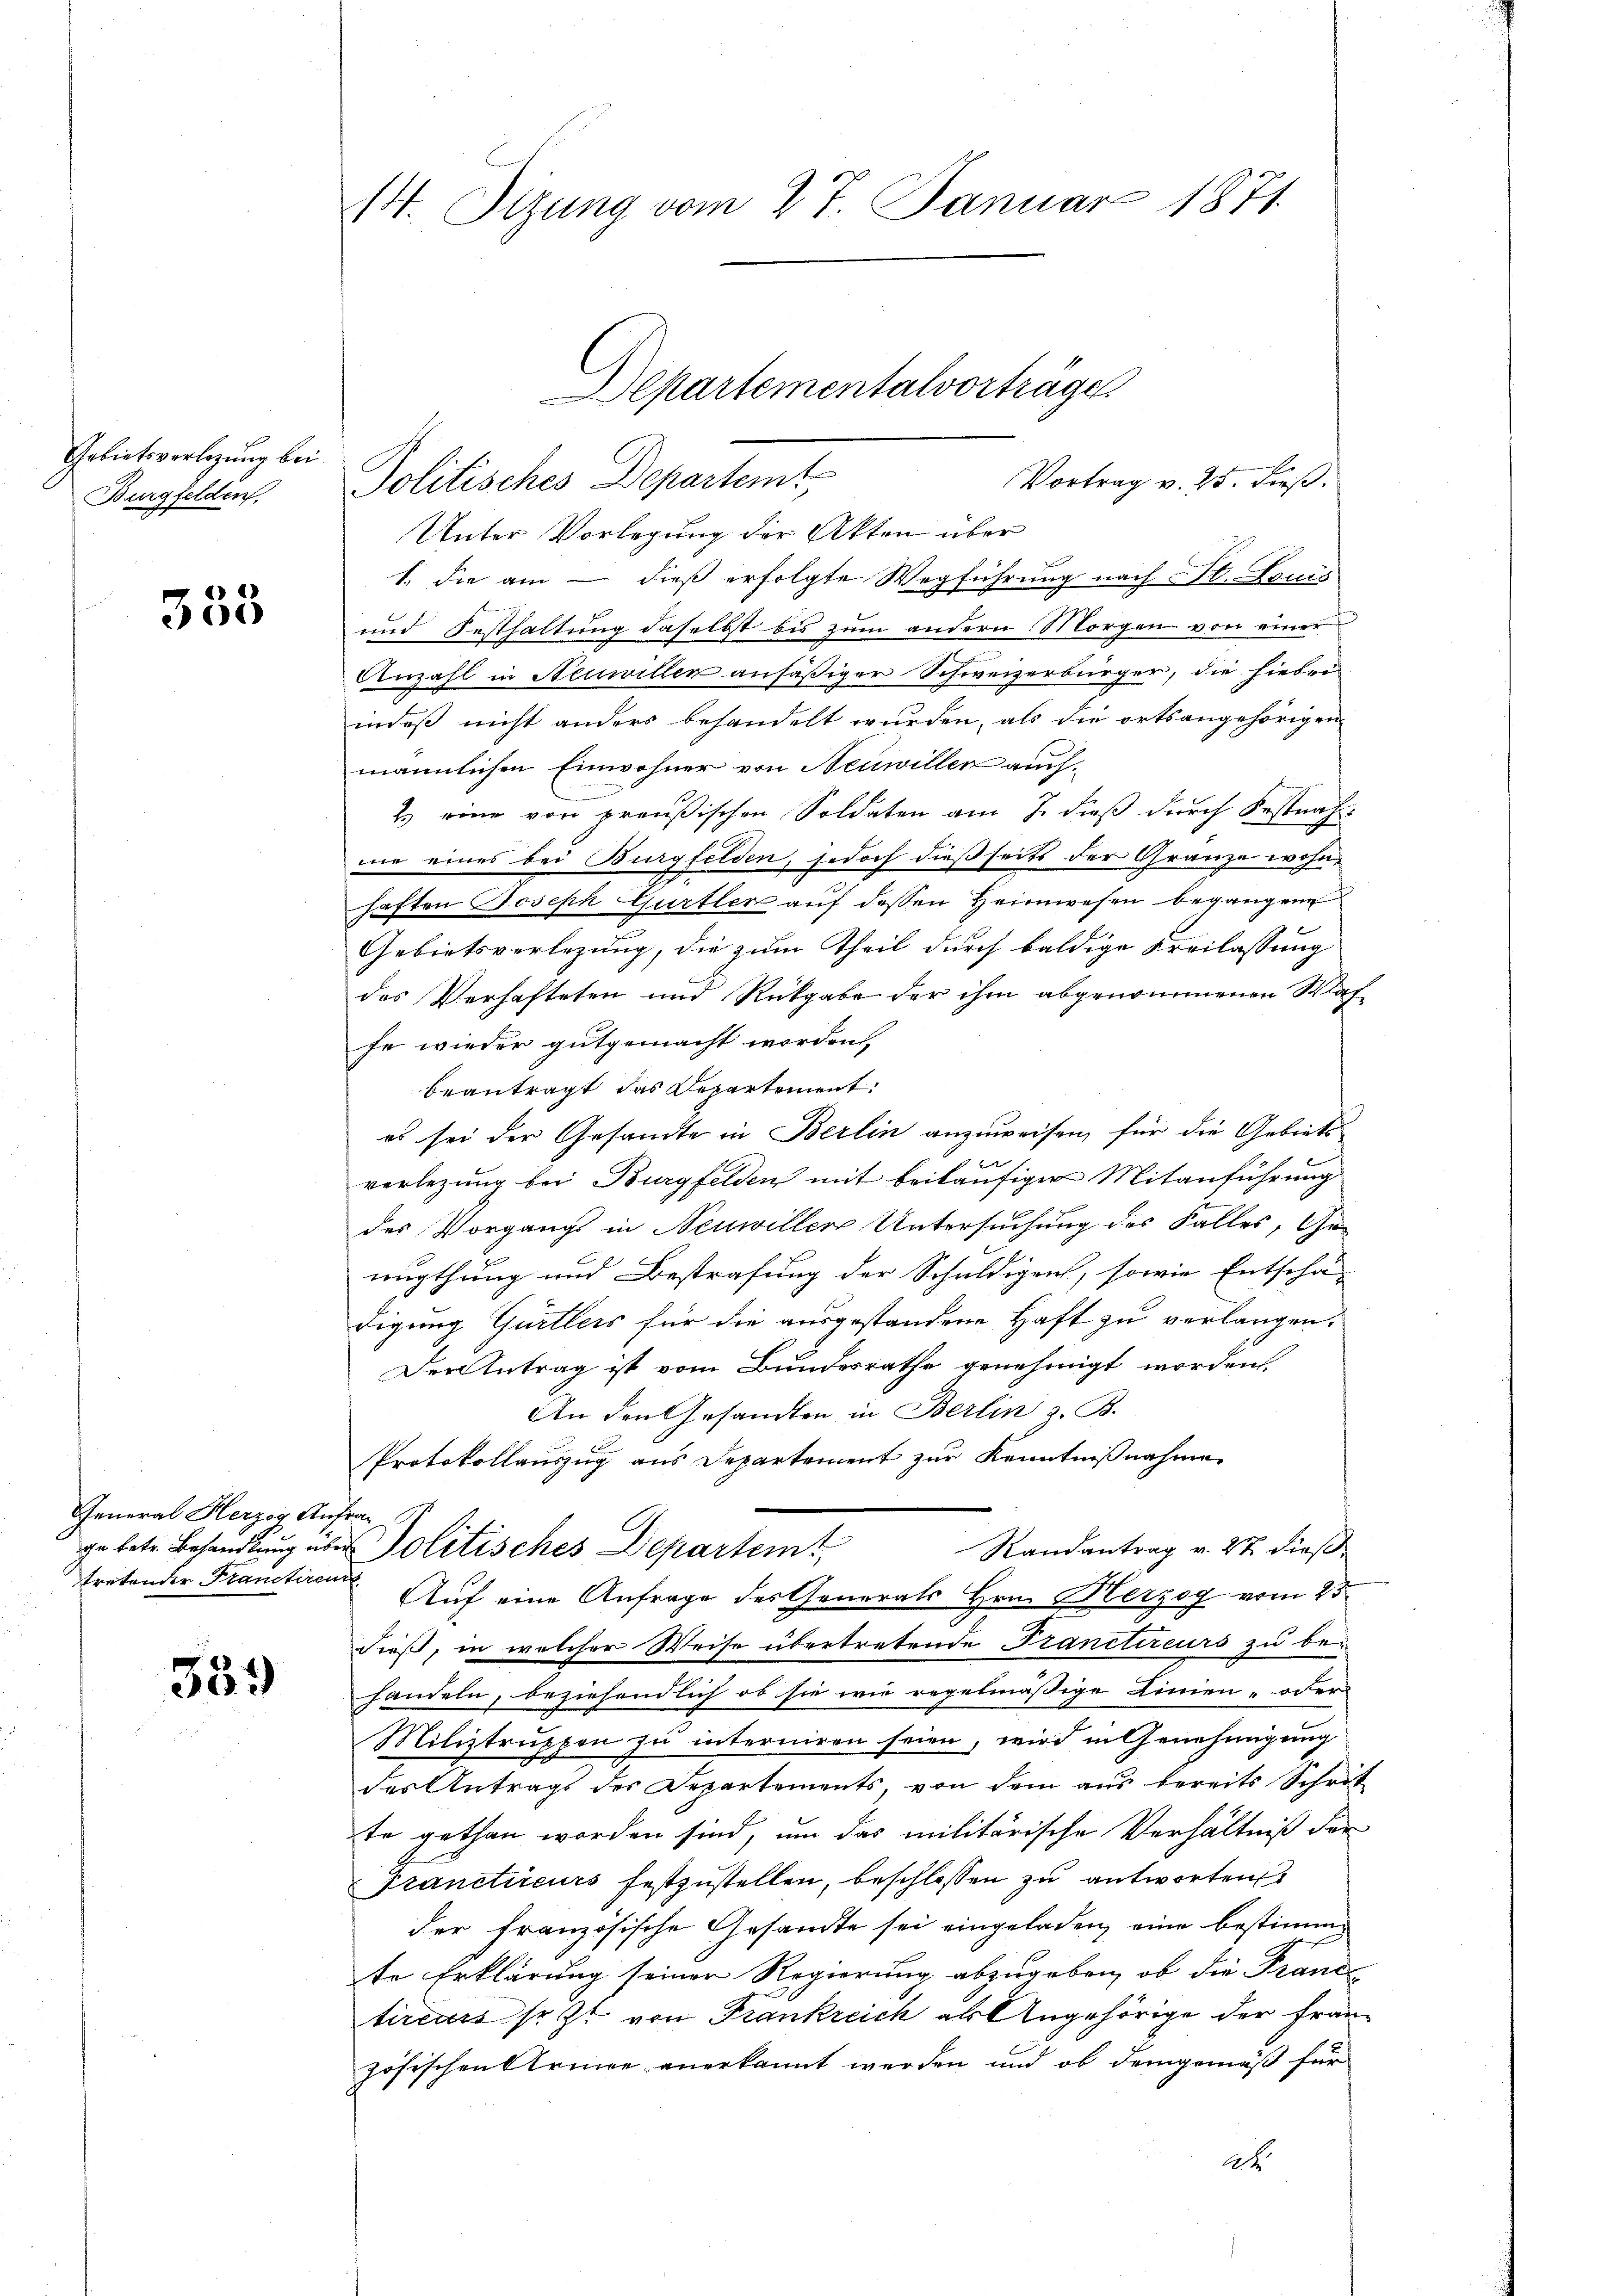
Gebietsverlegung bei
Burgfelden,

333

General Herzog Anfrag
tretender Franctiren

359

14. Sitzung vom 17. Januar 1871.

Unter Vorlegung der Akten über
1. Die am – dieß erfolgte Wegführung nach St. Louis
und Festhaltung daselbst bis zum andern Morgen von einer
Anzahl in Neuwillen ansäßiger Schweizerbürger, die hiebei
indeß nicht anders behandelt wurden, als die orts angehörigen
männlichen Einwohner von Neuwillen auch
2.) eine von preußischen Soldaten am 7. dieß durch Festnah
mie eines bei Burgfelden, jedoch dießseits der Gränze wohnhaften Joseph Gurtler auf dessen Heimwesen begangene
Gebietsverlegung, die zum Theil durch baldige Freilassung
das Verhafteten und Rückgabe der ihm abgenommenen Waffe wieder gutgemacht worden,
beantragt das Departement:
es sei der Gesandte in Berlin anzuweisen, für die Gebiets
verlegung bei Burgfelden mit beiläufiger Mitanführung
des Vorgangs in Neuwiller Untersuchung des Falles, Ge-
nugthung und Bestrafung der Schuldigent, sowie Entschä-
digung Gürtleis für die ausgestandene Haft zu verlangen.
Der Antrag ist vom Bundesrathe genehmigt worden.
An den Gesandten in Berlin z. B.
Protokollauszug aus Departement zur Kenntnißnahmen
ihr betr. Behandlung aber Politisches Departemt
Randantrag v. 27 dieß
i
Auf eine Anfrage des Generals Hrn. Herzog vom 25.
dieß, in welcher Weise übertretende Franctireurs zu behandeln, beziehendlich ob sie wie regelmässige Linien- oder
Miliztruppen zu interniren seien, wird in Genehmigung
des Antrags der Departements, von dem aus bereits Schrit
te gethan worden sind, um das militärische Verhältniß der
Pranctireurs festzustellen, beschlossen zu antworten
der französische Gesandte sei eingeladen, eine bestimmte Erklärung seiner Regierung abzugeben, ob die France
tircart sezt von Frankreich als Angehörige der Französischen Armee anerkannt werden und ob demgemäß für
Ah

Departementalvorträge
Vortrag v. 25. dieß.
Politisches Departemt